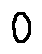
0